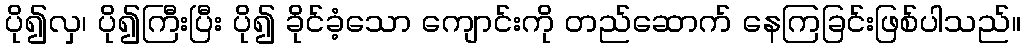
ပို၍လှ၊ ပို၍ကြီးပြီး ပို၍ ခိုင်ခံ့သော ကျောင်းကို တည်ဆောက် နေကြခြင်းဖြစ်ပါသည်။